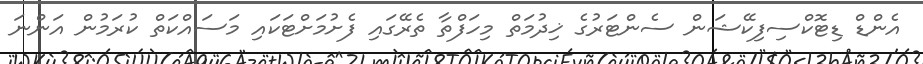
އެންޑް ޑިޓޮކްސިފިކޭޝަން ސެންޓަރުގެ ޚިދުމަތް މިހަފްތާ ތެރޭގައި ފެށުމަށްޓަކައި މަސައްކަތް ކުރަމުން އަންނަ